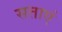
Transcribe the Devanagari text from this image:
सताएं